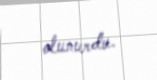
olunurdu.